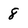
Character: 8